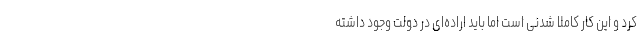
کرد و این کار کاملاً شدنی است اما باید اراده‌ای در دولت وجود داشته